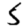
Digit: 5